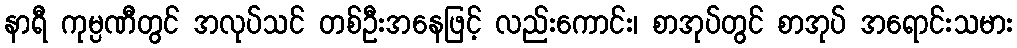
နာရီ ကုမ္ပဏီတွင် အလုပ်သင် တစ်ဦးအနေဖြင့် လည်းကောင်း၊ စာအုပ်တွင် စာအုပ် အရောင်းသမား